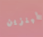
البنزين